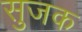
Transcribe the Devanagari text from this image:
सुजक